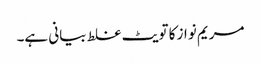
مریم نواز کا تویٹ غلط بیانی ہے۔